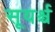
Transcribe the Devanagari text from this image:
सूयर्श्च